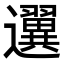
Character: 𨙒